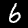
Digit: 6